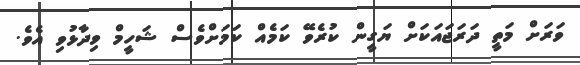
ވަރަށް މަތީ ދަރަޖައަކަށް ޔަގީން ކުރެވޭ ކަމެއް ކަމަށްވެސް ޝަހީމް ވިދާޅުވި އެވެ.